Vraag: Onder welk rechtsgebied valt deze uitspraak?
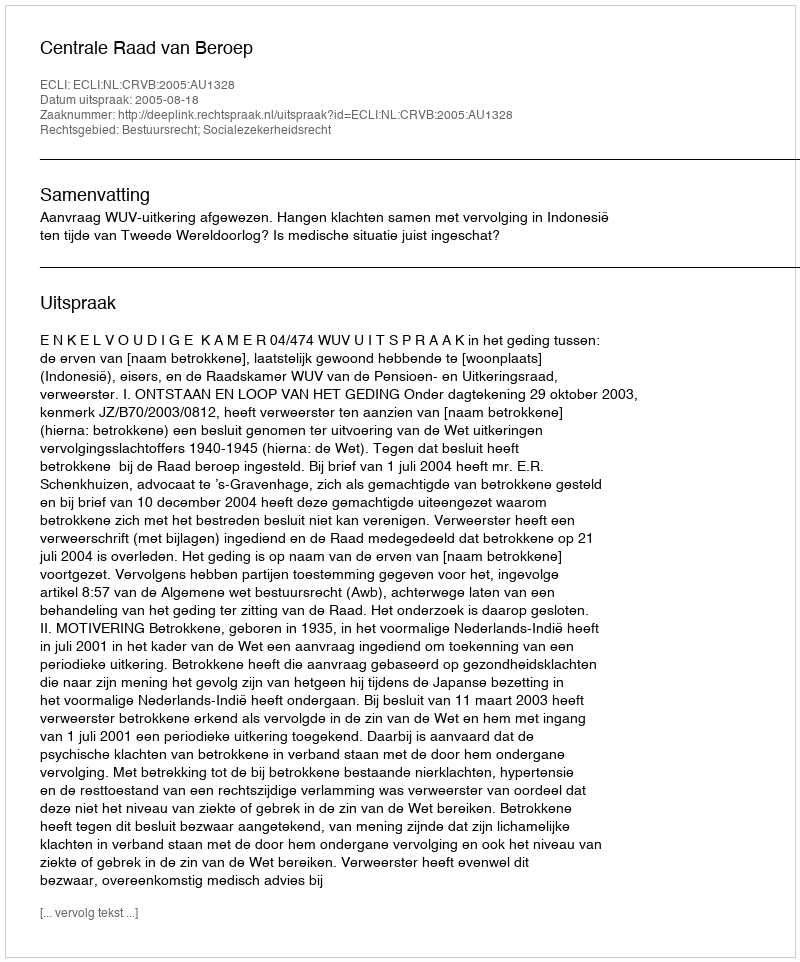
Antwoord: Bestuursrecht; Socialezekerheidsrecht